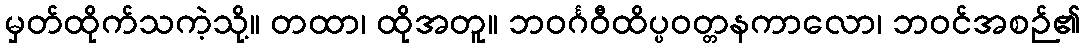
မှတ်ထိုက်သကဲ့သို့။ တထာ၊ ထိုအတူ။ ဘဝင်္ဂဝီထိပ္ပဝတ္တနကာလော၊ ဘဝင်အစဉ်၏